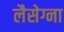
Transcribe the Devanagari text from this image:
लैसेग्ना